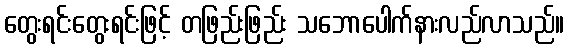
တွေးရင်းတွေးရင်းဖြင့် တဖြည်းဖြည်း သဘောပေါက်နားလည်လာသည်။